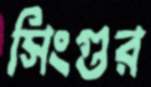
সিংগুর